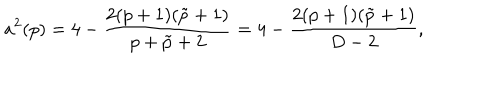
a ^ { 2 } ( p ) = 4 - { \frac { 2 ( p + 1 ) ( \tilde { p } + 1 ) } { p + \tilde { p } + 2 } } = 4 - { \frac { 2 ( p + 1 ) ( \tilde { p } + 1 ) } { D - 2 } } ,